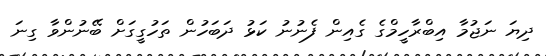
ދިޔަ ނަޖުމާ އިބްރާހީމްގެ ގެއިން ފެނުނު ކަޅު ދަބަހުން ތަހުގީގަށް ބޭނުންވާ ގިނަ